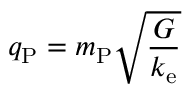
q _ { \mathrm { P } } = m _ { \mathrm { P } } { \sqrt { \frac { G } { k _ { \mathrm { e } } } } }